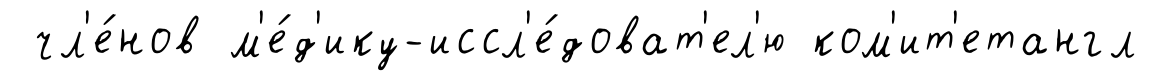
чл'е́нов м'е́д'ику-иссл'е́доват'ел'ю ком'ит'етангл